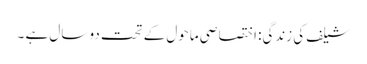
شیلف کی زندگی: اختصاصی ماحول کے تحت دو سال ہے ۔